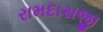
રામદાસજી